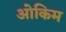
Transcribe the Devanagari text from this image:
ओकिम